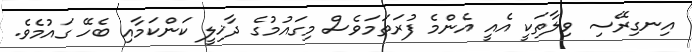
އިނގިރޭސި ވިލާތަކީ އެއީ އެންމެ ފުރަތަމަވެސް މިގައުމުގެ ދާޚިލީ ކަންކަމާއި ބެހޭ ގައުމެވެ.